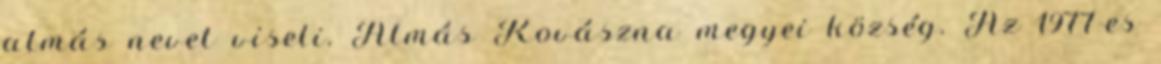
almás nevet viseli. Almás Kovászna megyei község. Az 1977-es